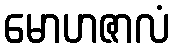
မောဟဇာလံ